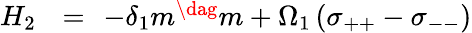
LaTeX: \begin{array}{rlr}{H_{2}\! \! }&{{}=}&{\! \! -\delta_{1}m^{\dag}m+\Omega_{1}\left(\sigma_{++}-\sigma_{--}\right)}\end{array}